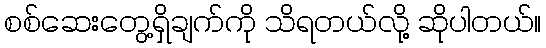
စစ်ဆေးတွေ့ရှိချက်ကို သိရတယ်လို့ ဆိုပါတယ်။